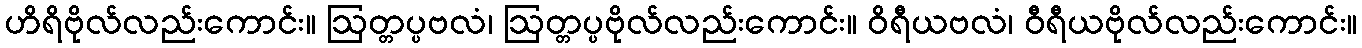
ဟိရိဗိုလ်လည်းကောင်း။ ဩတ္တပ္ပဗလံ၊ ဩတ္တပ္ပဗိုလ်လည်းကောင်း။ ဝိရီယဗလံ၊ ဝီရီယဗိုလ်လည်းကောင်း။